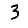
Digit: 3